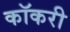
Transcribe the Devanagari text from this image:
कॉकरी